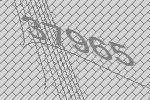
37965